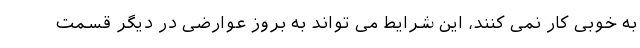
به خوبی کار نمی کنند، این شرایط می تواند به بروز عوارضی در دیگر قسمت